system: You are a helpful assistant.
user:
Analyze the provided spectrum to determine if it is a **M-type Giant (gM)**.

A M-type Giant spectrum is defined by its **strong molecular absorption** features, particularly from **Titanium Oxide (TiO)**. You must check for one of the following mutually exclusive signatures:

- **Key Visual Indicators (Absorption-Dominated Spectrum):**

    - **(Primary):** The spectrum is dominated by strong molecular absorption from **Titanium Oxide (TiO)**. This is the **defining feature** of its M-type temperature class.
        - **(Key Bandheads):** Look for sharp, "saw-tooth" absorption valleys. The strongest are located near **~7050 Å**, **~6160 Å**, and **~5170 Å**.
        - **(Line Profile):** The "saw-tooth" morphology is critical: a **sharp, steep drop on the BLUE (short-wavelength) side** of the bandhead, followed by a gradual recovery (rising flux) towards the RED (long-wavelength) side.

    - **(Key Confirmation - Giant vs. Dwarf):** **ABSENCE** of strong **Calcium Hydride (CaH)** molecular bands. This is the primary diagnostic for *excluding* M-dwarfs.
        - **(Key Region):** The spectrum should lack the strong, broad absorption band seen in dwarfs between **~6800 Å and ~7000 Å**.

    - **(Secondary Confirmation - Giant):** A very strong and broad **Neutral Calcium (Ca I)** atomic absorption line.
        - **(Key Line):** Located at **~4226 Å**. In a giant (gM), this line is significantly deeper and broader than the same line in an M-dwarf (dM) due to low surface gravity.

    - **(Overall Spectrum):**
        - The continuum is **extremely red-sloping** (i.e., flux is very low in the blue and rises dramatically towards the red).
        - The entire spectrum appears "chopped up" by the deep TiO bands.

Think first, call **spectral_visualization_tool** if needed to examine features in detail, then provide your final answer. Your response must adhere to the following strict rules:
1.  **Overall Structure:** Your response must follow the format `<think>...</think> <tool_call>...</tool_call> (if a tool is used) <answer>...</answer>`.
2.  **Tool Usage Constraint:** You may only make **one** tool call per turn.
3.  **Final Answer Format:** In the `<answer>` tag, your conclusion must be inside a `\boxed{}` command (e.g., `\boxed{YES}` or `\boxed{NO}`), followed by your justification.

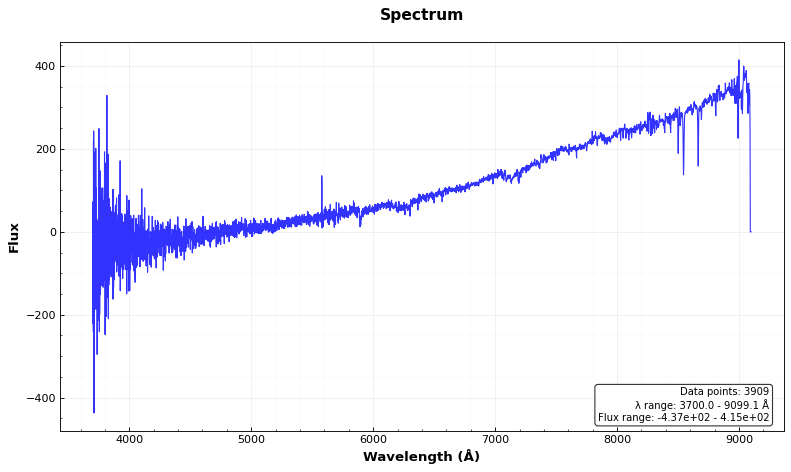
Answer: YES